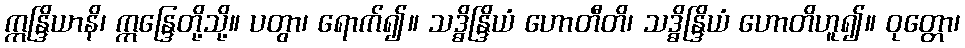
ဣန္ဒြိယာနိ၊ ဣန္ဒြေတို့သို့။ ပတွာ၊ ရောက်၍။ သဒ္ဓိန္ဒြိယံ ဟောတီတိ၊ သဒ္ဓိန္ဒြိယံ ဟောတိဟူ၍။ ဝုတ္တော၊